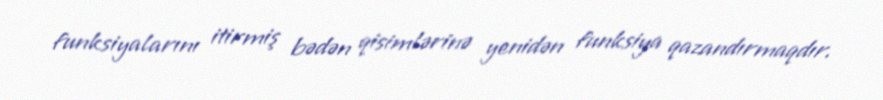
funksiyalarını itirmiş bədən qisimlərinə yenidən funksiya qazandırmaqdır.